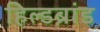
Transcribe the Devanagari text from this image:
हिल्डब्रांड